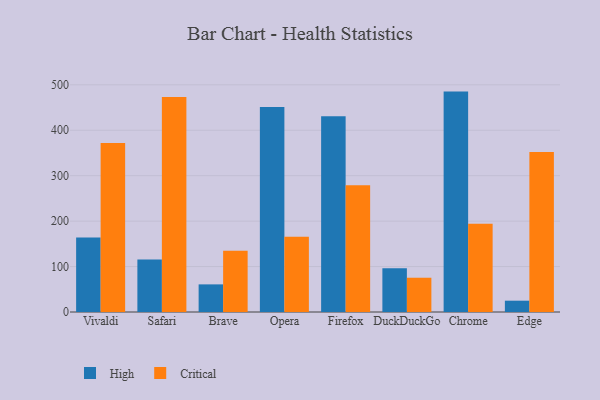
{"axis": {"x": "Browser", "y": "Budget (USD K)"}, "legend": ["Critical", "High"], "data": [{"x": "Vivaldi", "y": 163.8, "type": "High"}, {"x": "Vivaldi", "y": 371.8, "type": "Critical"}, {"x": "Safari", "y": 115.3, "type": "High"}, {"x": "Safari", "y": 473.3, "type": "Critical"}, {"x": "Brave", "y": 60.8, "type": "High"}, {"x": "Brave", "y": 134.7, "type": "Critical"}, {"x": "Opera", "y": 451.3, "type": "High"}, {"x": "Opera", "y": 165.9, "type": "Critical"}, {"x": "Firefox", "y": 431.0, "type": "High"}, {"x": "Firefox", "y": 278.8, "type": "Critical"}, {"x": "DuckDuckGo", "y": 96.1, "type": "High"}, {"x": "DuckDuckGo", "y": 75.4, "type": "Critical"}, {"x": "Chrome", "y": 485.1, "type": "High"}, {"x": "Chrome", "y": 194.1, "type": "Critical"}, {"x": "Edge", "y": 24.9, "type": "High"}, {"x": "Edge", "y": 352.3, "type": "Critical"}]}